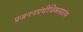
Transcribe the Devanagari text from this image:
प्रजननग्रंथीविकासारंभ